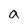
Character: a